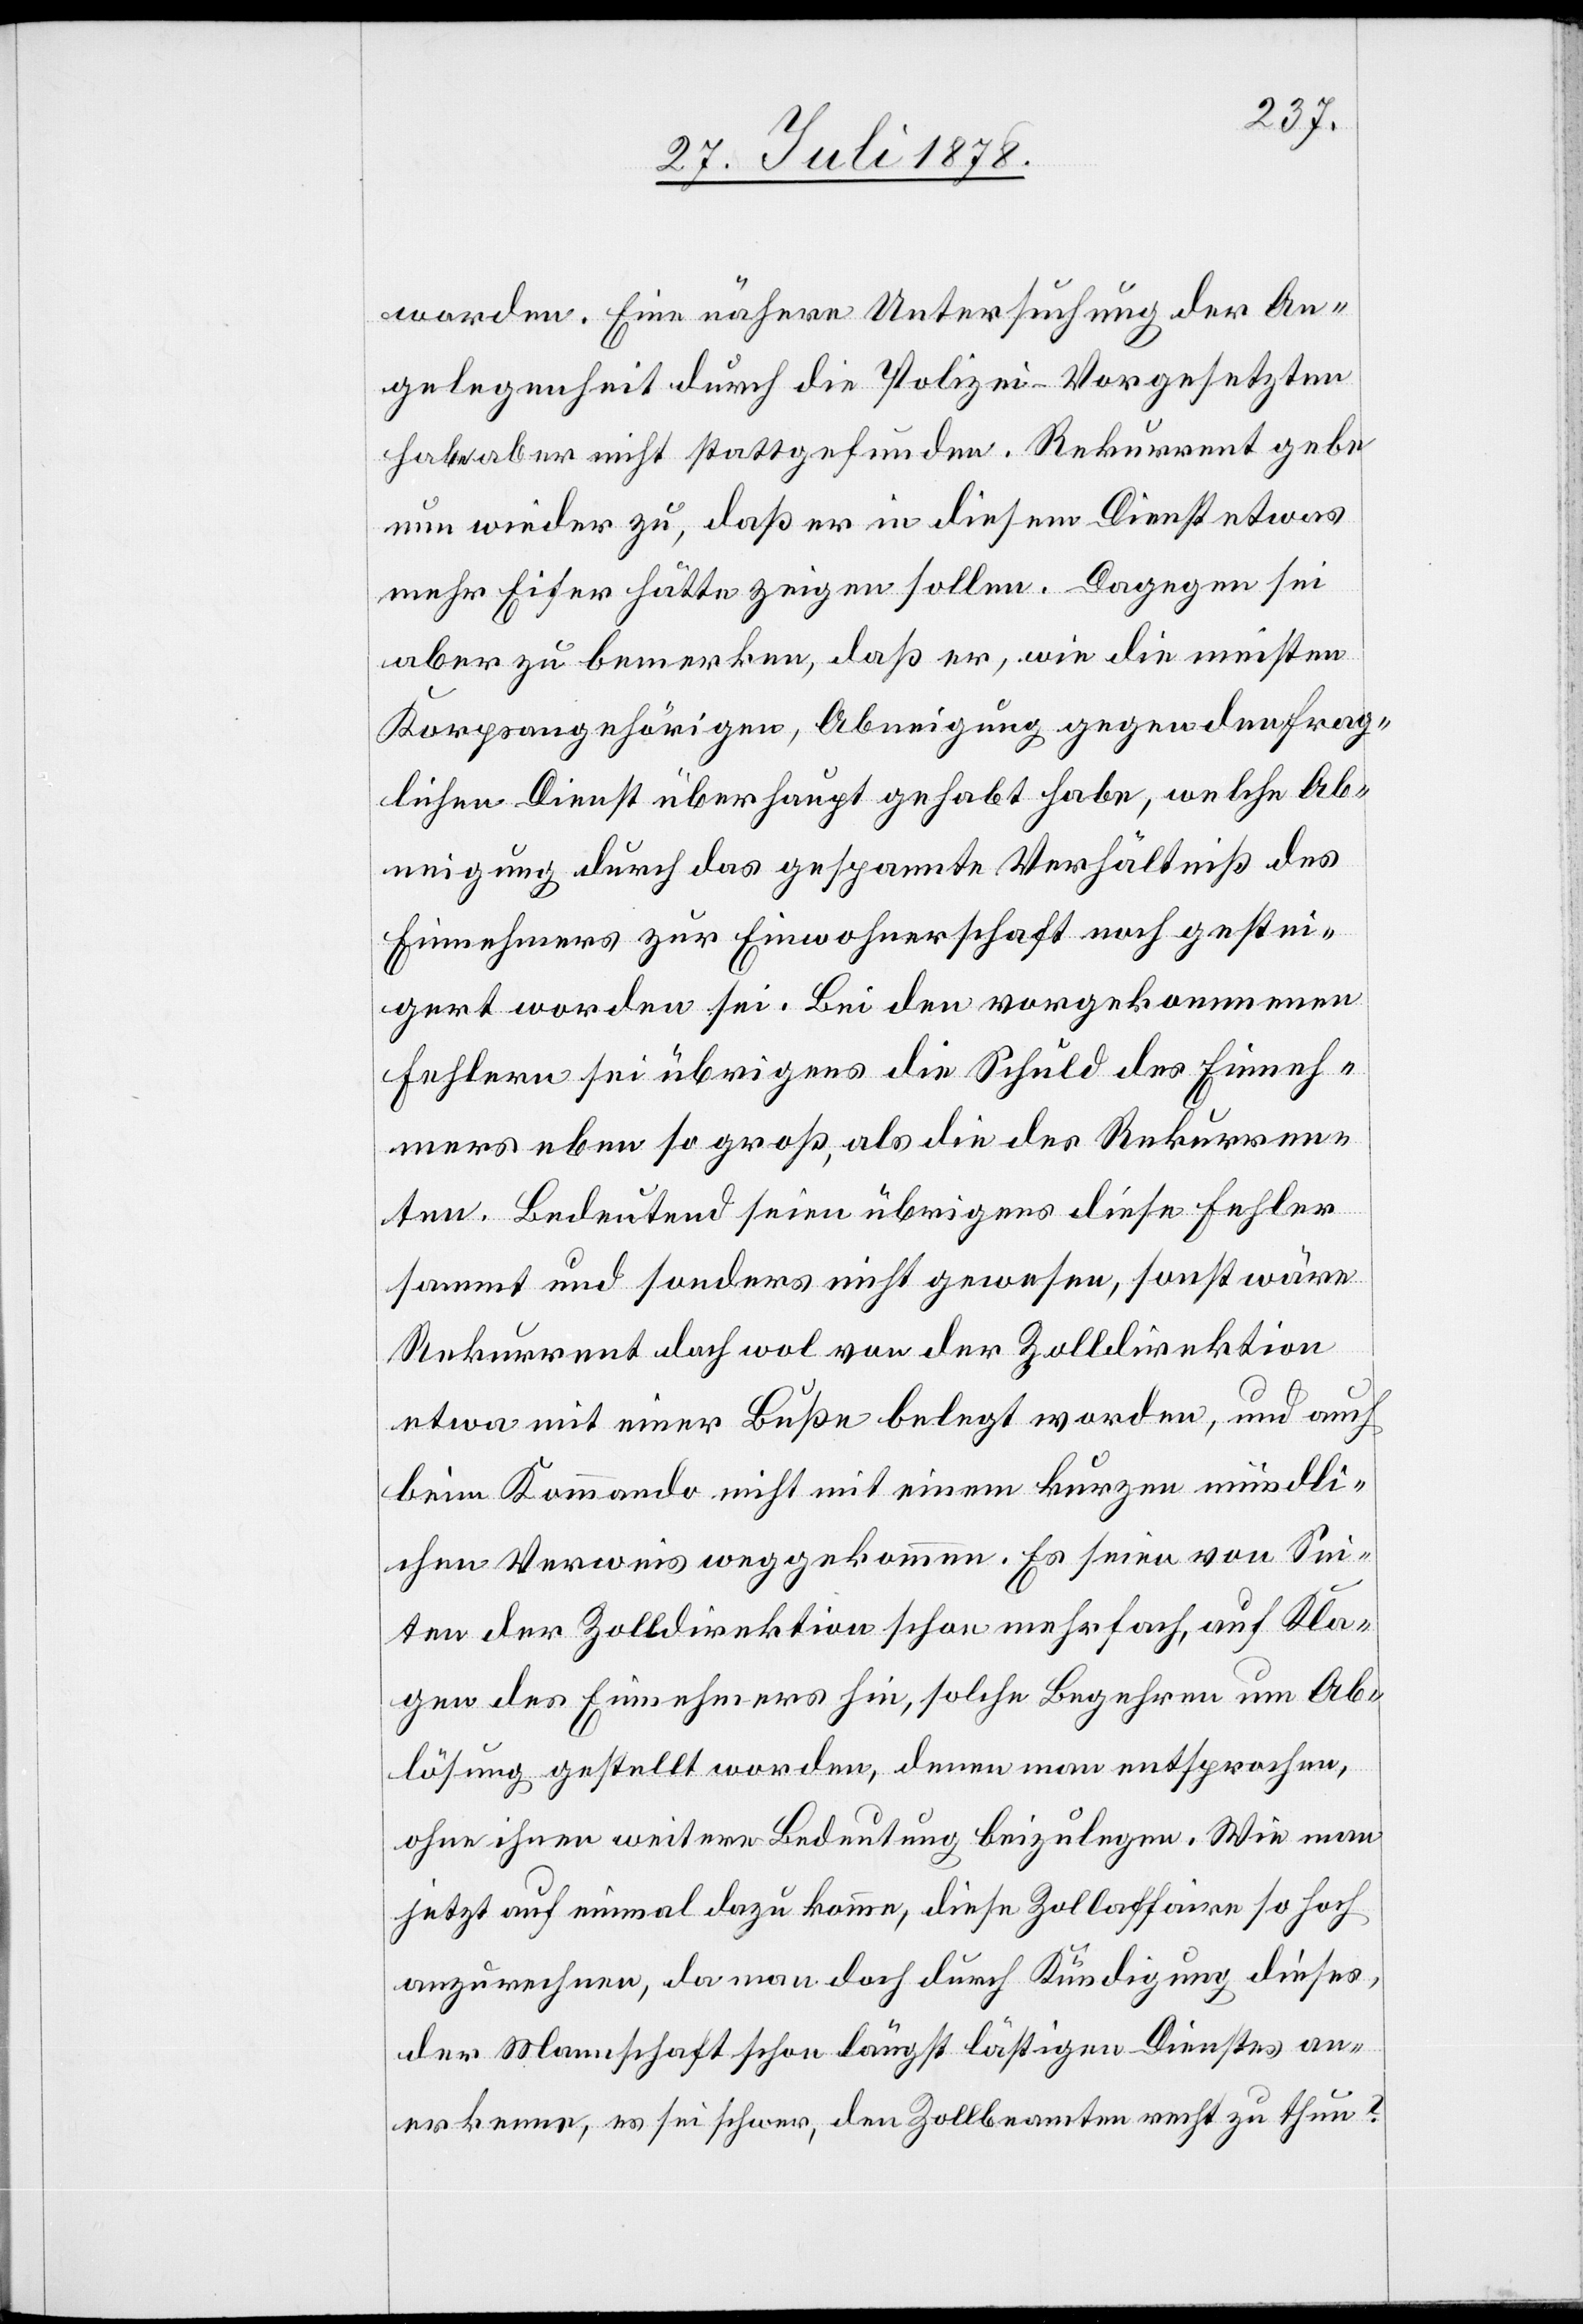
worden. Eine nähere Untersuchung der An¬
gelegenheit durch die Polizei-Vorgesetzten
habe aber nicht stattgefunden. Rekurrent gebe
nun wieder zu, daß er in diesem Dienst etwas
mehr Eifer hätte zeigen sollen. Dagegen sei
aber zu bemerken, daß er, wie die meisten
Korpsangehörigen, Abneigung gegen den frag¬
lichen Dienst überhaupt gehabt habe, welche Ab¬
neigung durch das gespannte Verhältniß des
Einnehmers zur Einwohnerschaft noch gestei¬
gert worden sei. Bei den vorgekommenen
Fehlern sei übrigens die Schuld des Einneh¬
mers eben so groß als die des Rekurren¬
ten. Bedeutend seien übrigens diese Fehler
sammt und sonders nicht gewesen, sonst wäre
Rekurrent wol von der Zolldirektion
etwa mit einer Buße belegt worden, und auch
beim Kommando nicht mit einem kurzen mündli¬
chen Verweis wegekommen. Es seien von Sei¬
ten der Zolldirektion schon mehrfach, auf Kla¬
gen des Einnehmers hin, solche Begehren um Ab¬
lösung gestellt worden, denen man entsprochen,
ohne ihnen weitere Bedeutung beizulegen. Wie man
jetzt auf einmal dazu komme, diese Zahlaffaire so hoch
anzurechnen, da man doch durch Kündigung dieses,
der Mannschaft schon längst lästigen Dienstes an¬
erkenne, es sei schwer, den Zollbeamten recht zu thun?